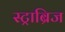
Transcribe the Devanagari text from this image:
स्ट्राब्रिज